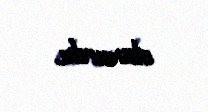
olunurdu.